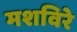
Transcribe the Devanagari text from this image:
मशविरे